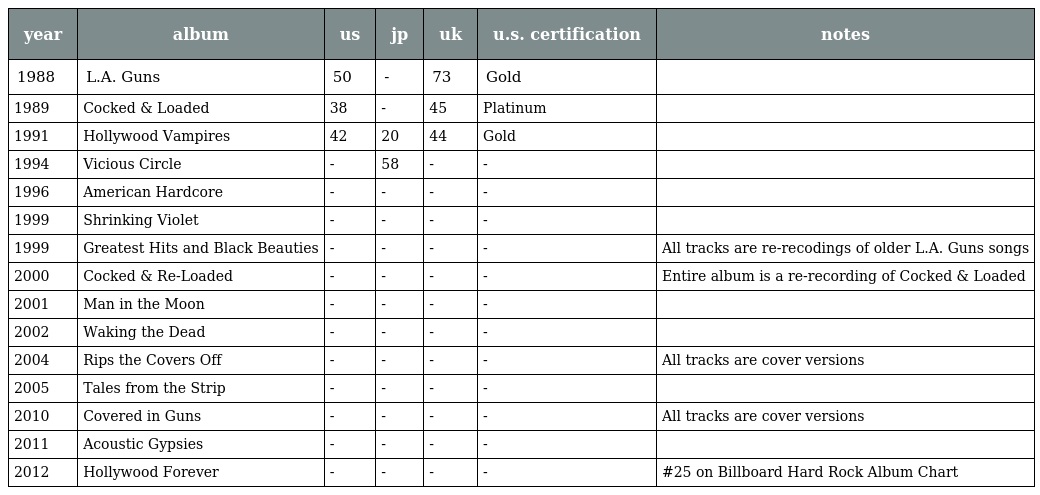
| year | album | us | jp | uk | u.s. certification | notes |
 | --- | --- | --- | --- | --- | --- | --- |
 | 1988 | L.A. Guns | 50 | - | 73 | Gold |  |
 | 1989 | Cocked & Loaded | 38 | - | 45 | Platinum |  |
 | 1991 | Hollywood Vampires | 42 | 20 | 44 | Gold |  |
 | 1994 | Vicious Circle | - | 58 | - | - |  |
 | 1996 | American Hardcore | - | - | - | - |  |
 | 1999 | Shrinking Violet | - | - | - | - |  |
 | 1999 | Greatest Hits and Black Beauties | - | - | - | - | All tracks are re-recodings of older L.A. Guns songs |
 | 2000 | Cocked & Re-Loaded | - | - | - | - | Entire album is a re-recording of Cocked & Loaded |
 | 2001 | Man in the Moon | - | - | - | - |  |
 | 2002 | Waking the Dead | - | - | - | - |  |
 | 2004 | Rips the Covers Off | - | - | - | - | All tracks are cover versions |
 | 2005 | Tales from the Strip | - | - | - | - |  |
 | 2010 | Covered in Guns | - | - | - | - | All tracks are cover versions |
 | 2011 | Acoustic Gypsies | - | - | - | - |  |
 | 2012 | Hollywood Forever | - | - | - | - | #25 on Billboard Hard Rock Album Chart |